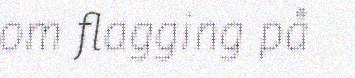
om flagging på